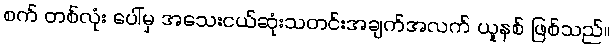
စက် တစ်လုံး ပေါ်မှ အသေးငယ်ဆုံးသတင်းအချက်အလက် ယူနစ် ဖြစ်သည်။